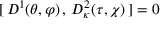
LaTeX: [ \, D ^ { 1 } ( \theta , \varphi ) \, , \, D _ { \kappa } ^ { 2 } ( \tau , \chi ) \, ] = 0